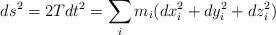
LaTeX: \begin{align*}ds^{2}=2Tdt^{2}=\sum\limits_{i}m_{i}(dx_{i}^{2}+dy_{i}^{2}+dz_{i}^{2})\end{align*}